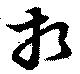
相